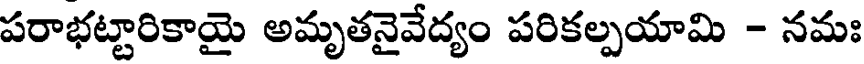
పరాభట్టారికాయై అమృతనైవేద్యం పరికల్పయామి - నమః